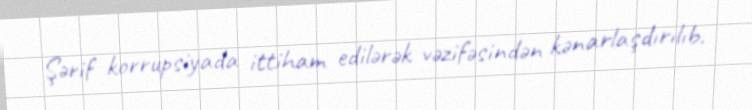
Şərif korrupsiyada ittiham edilərək vəzifəsindən kənarlaşdırılıb.